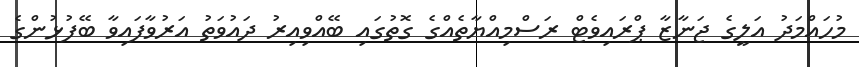
މުހައްމަދު އަލީގެ ޖަނާޒާ ޕްރައިވެޓް ރަސްމިއްޔާތެއްގެ ގޮތުގައި ބޭއްވިއިރު ދައުވަތު އަރުވާފައިވާ ބޭފުޅުންގެ